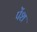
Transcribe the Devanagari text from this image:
पेंश